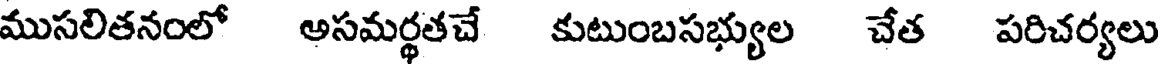
ముసలితనంలో అసమర్థతచే కుటుంబసభ్యుల చేత పరిచర్యలు